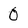
Character: 0